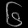
Digit: ၆